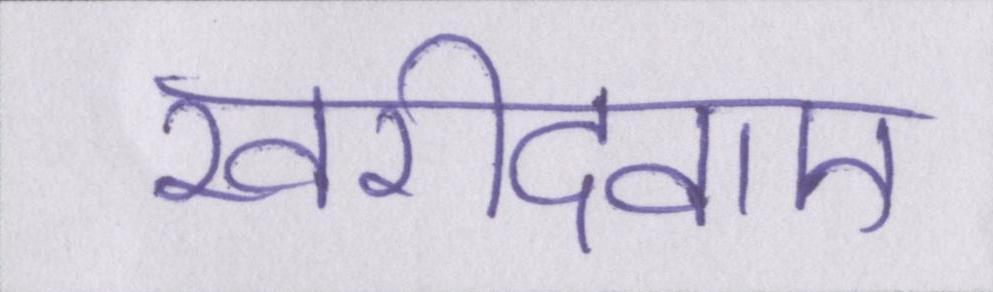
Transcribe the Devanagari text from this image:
खरीदवाए